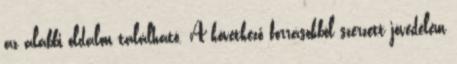
az alábbi oldalon található. A következő forrásokból szerzett jövedelem